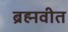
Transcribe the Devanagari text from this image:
ब्रह्मवीत